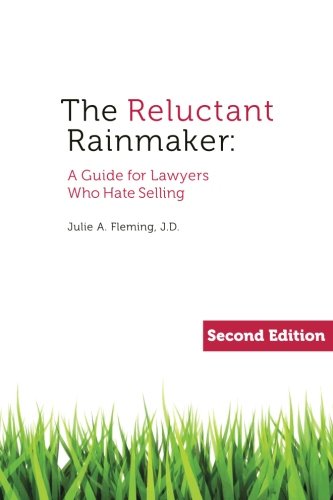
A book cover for The Reluctant Rainmaker; Julie A Fleming; Law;